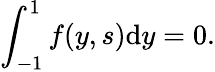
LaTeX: \int_{-1}^{1}f(y,s)\mathrm{d}y=0.